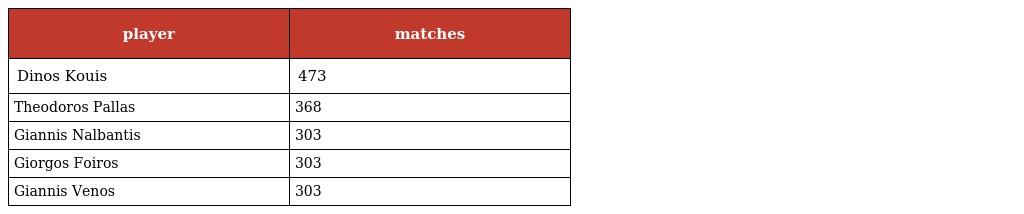
| player | matches |
 | --- | --- |
 | Dinos Kouis | 473 |
 | Theodoros Pallas | 368 |
 | Giannis Nalbantis | 303 |
 | Giorgos Foiros | 303 |
 | Giannis Venos | 303 |